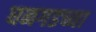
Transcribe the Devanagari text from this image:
घनगडच्या